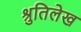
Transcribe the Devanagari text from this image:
श्रुतिलेख